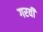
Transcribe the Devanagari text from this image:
गरवी